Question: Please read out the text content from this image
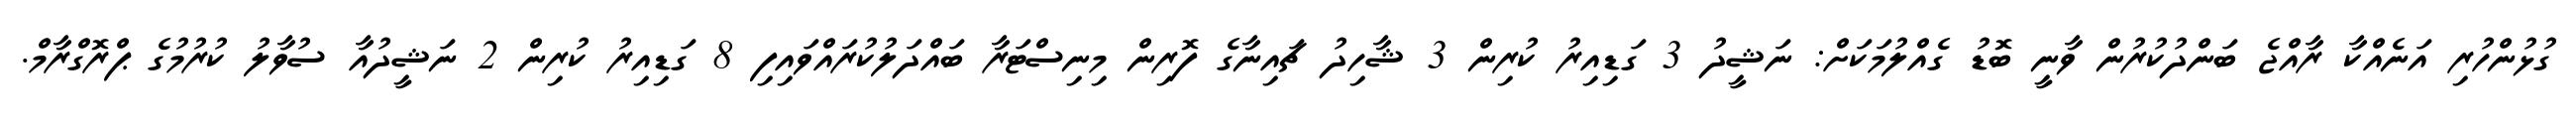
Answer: ގުޅުންހުރި އަނެއްކާ ރާއްޖެ ބަންދުކުރުން ވާނީ ބޮޑު ގެއްލުމަކަށް: ނަޝީދު 3 ގަޑިއިރު ކުރިން 3 ޝާހިދު ޗައިނާގެ ފޮރިން މިނިސްޓަރާ ބައްދަލުކުރައްވައިފި 8 ގަޑިއިރު ކުރިން 2 ނަޝީދުއާ ސުވާލު ކުރުމުގެ ޕްރޮގްރާމް.